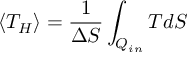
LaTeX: \langle T _ { H } \rangle = { \frac { 1 } { \Delta S } } \int _ { Q _ { i n } } T d S